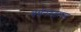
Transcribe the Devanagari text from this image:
वर्धनगडाच्या